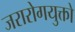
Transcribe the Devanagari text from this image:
जरारोगयुक्तो